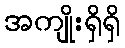
အကျိုးရှိရှိ